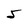
Character: 5